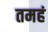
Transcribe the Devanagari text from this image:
तमहं